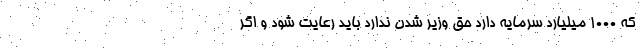
که ۱۰۰۰ میلیارد سرمایه دارد حق وزیر شدن ندارد باید رعایت شود و اگر